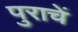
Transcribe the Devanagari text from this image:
पुराचें